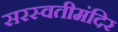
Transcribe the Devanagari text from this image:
सरस्वतीमंदिर